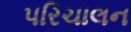
પરિચાલન